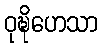
ဝုဍ္ဎိဟေသာ